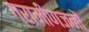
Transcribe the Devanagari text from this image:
ग्रामीणजनों